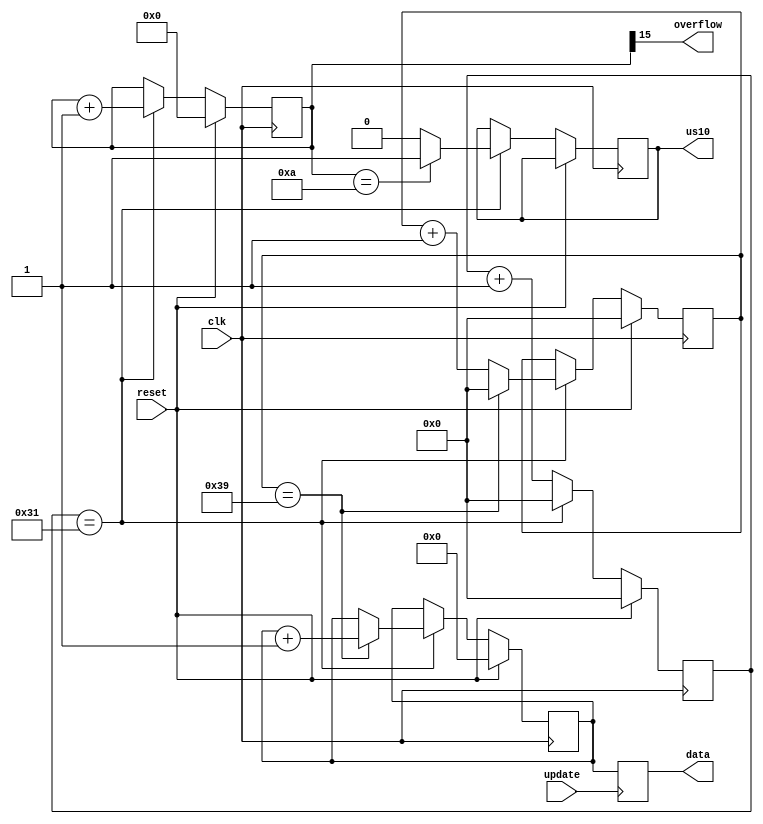
module computeDistance(
	input clk,  
	input reset,
	input update, 
	output reg us10,
	output overflow, 
	output reg [8:0] data
);

reg [15:0] counter_us = 0; 
reg [5:0] counter_58 = 0;
reg [8:0] counter_cm = 0;
reg [5:0] div = 0; 
always @(posedge clk) begin 
	if(reset) begin 
		counter_us <= 16'b0; 
		counter_58 <= 5'b0; 
		div <= 6'b0; 
		counter_cm <= 9'b0; 
	end else begin 
		div <= div+1; 
		if(div==49) begin //S cuenta us
			div <= 6'b0; 
			counter_us <= counter_us+1; 
			if (counter_us==10)
				us10 <= 1'b1; 
			else 
				us10 <= 1'b0;
			counter_58 <= counter_58+1; 
			if (counter_58==57) begin
				counter_58 <= 6'b0; 
				counter_cm <= counter_cm+1; 
			end
		end 
	end
end 
always @(posedge update)
	//data = counter_us[14:0]/58; 
	data <= counter_cm; 
assign overflow = counter_us[15];

endmodule